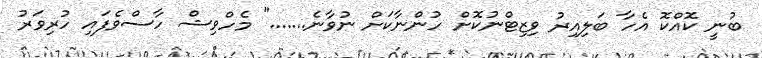
ބުނީ ކޮއްކޮ އެހާ ބަލިއިރު ވިޒިޓްނުކޮށް ހުންނާކަށް ނުވާނެ......." މެހްވިޝް ހާސްވެފައި ހުރިވަރު